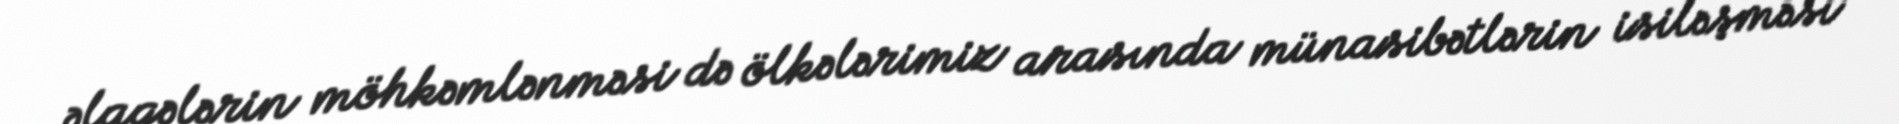
əlaqələrin möhkəmlənməsi də ölkələrimiz arasında münasibətlərin isiləşməsi